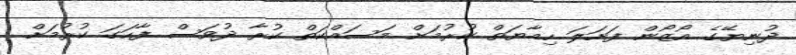
ދުނިޔޭގެ އޯޒޯން ފަށަލަ ހިމާޔަތް ކުރުމަށް މަސައްކަތް ކުރާ ދުވަސް ފާހަގަ ކުރުމަށް